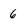
Character: 6